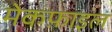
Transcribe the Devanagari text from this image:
मेकफ़ाइल